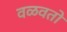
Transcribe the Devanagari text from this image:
वळवतो